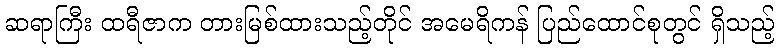
ဆရာကြီး ထရီဇာက တားမြစ်ထားသည့်တိုင် အမေရိကန် ပြည်ထောင်စုတွင် ရှိသည့်